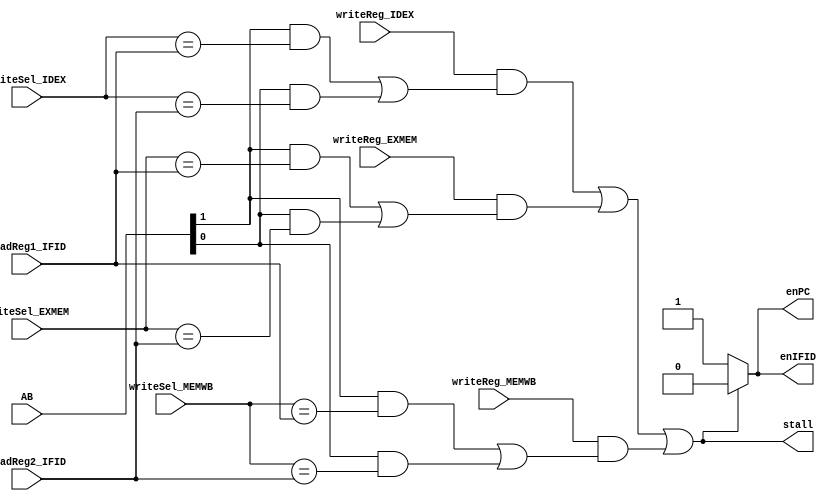
// Prayag Bhakar [bhakar@wisc.edu]
module hazard_detection_unit (AB, writeSel_IDEX, writeSel_EXMEM, writeSel_MEMWB, readReg1_IFID, readReg2_IFID, writeReg_IDEX, writeReg_EXMEM, writeReg_MEMWB, stall, enPC, enIFID);
  // --- Inputs ---
  input [4:0] AB;
  input [2:0] writeSel_IDEX, writeSel_EXMEM, writeSel_MEMWB;
  input [2:0] readReg1_IFID, readReg2_IFID;
  input writeReg_IDEX, writeReg_EXMEM, writeReg_MEMWB;

  // --- Outputs ---
  output stall;
  output enPC;
  output enIFID;

  // --- Wires ---
  wire raw1, raw2, raw3, raw4, raw5, raw6;
  wire condition1, condition2, condition3;

  // --- Code ---
  // figure out the raw hazards
  assign raw1 = AB[1] & (writeSel_IDEX == readReg1_IFID);
  assign raw2 = AB[0] & (writeSel_IDEX == readReg2_IFID);
  assign condition1 = writeReg_IDEX & (raw1 | raw2);
  assign raw3 = AB[1] & (writeSel_EXMEM == readReg1_IFID);
  assign raw4 = AB[0] & (writeSel_EXMEM == readReg2_IFID);
  assign condition2 = writeReg_EXMEM & (raw3 | raw4);
  assign raw5 = AB[1] & (writeSel_MEMWB == readReg1_IFID);
  assign raw6 = AB[0] & (writeSel_MEMWB == readReg2_IFID);
  assign condition3 = writeReg_MEMWB & (raw5 | raw6);

  // figure out states
  assign stall = condition1 | condition2 | condition3;
  assign enPC = stall ? 1'b0 : 1'b1;
  assign enIFID = stall ? 1'b0 : 1'b1;
endmodule